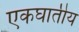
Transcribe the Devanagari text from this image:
एकघातीय